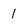
Character: 1